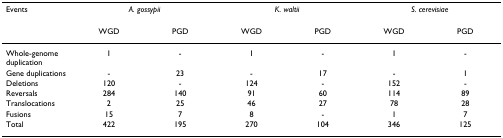
<table><thead><tr><td><b>Events</b></td><td colspan="2"><b><i>A. gossypii</i></b></td><td colspan="2"><b><i>K. waltii</i></b></td><td colspan="2"><b><i>S. cerevisiae</i></b></td></tr><tr><td></td><td><b>WGD</b></td><td><b>PGD</b></td><td><b>WGD</b></td><td><b>PGD</b></td><td><b>WGD</b></td><td><b>PGD</b></td></tr></thead><tbody><tr><td>Whole-genome duplication</td><td>1</td><td>-</td><td>1</td><td>-</td><td>1</td><td>-</td></tr><tr><td>Gene duplications</td><td>-</td><td>23</td><td>-</td><td>17</td><td>-</td><td>1</td></tr><tr><td>Deletions</td><td>120</td><td>-</td><td>124</td><td>-</td><td>152</td><td>-</td></tr><tr><td>Reversals</td><td>284</td><td>140</td><td>91</td><td>60</td><td>114</td><td>89</td></tr><tr><td>Translocations</td><td>2</td><td>25</td><td>46</td><td>27</td><td>78</td><td>28</td></tr><tr><td>Fusions</td><td>15</td><td>7</td><td>8</td><td>-</td><td>1</td><td>7</td></tr><tr><td>Total</td><td>422</td><td>195</td><td>270</td><td>104</td><td>346</td><td>125</td></tr></tbody></table>